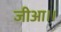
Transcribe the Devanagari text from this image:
जीआ।।